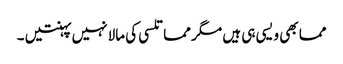
مما بھی ویسی ہی ہیں مگر مما تلسی کی مالا نہیں پہنتیں ۔